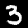
Label: 3